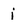
Character: j